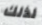
لذلك